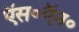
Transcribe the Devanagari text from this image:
ऍस॰ऍन॰